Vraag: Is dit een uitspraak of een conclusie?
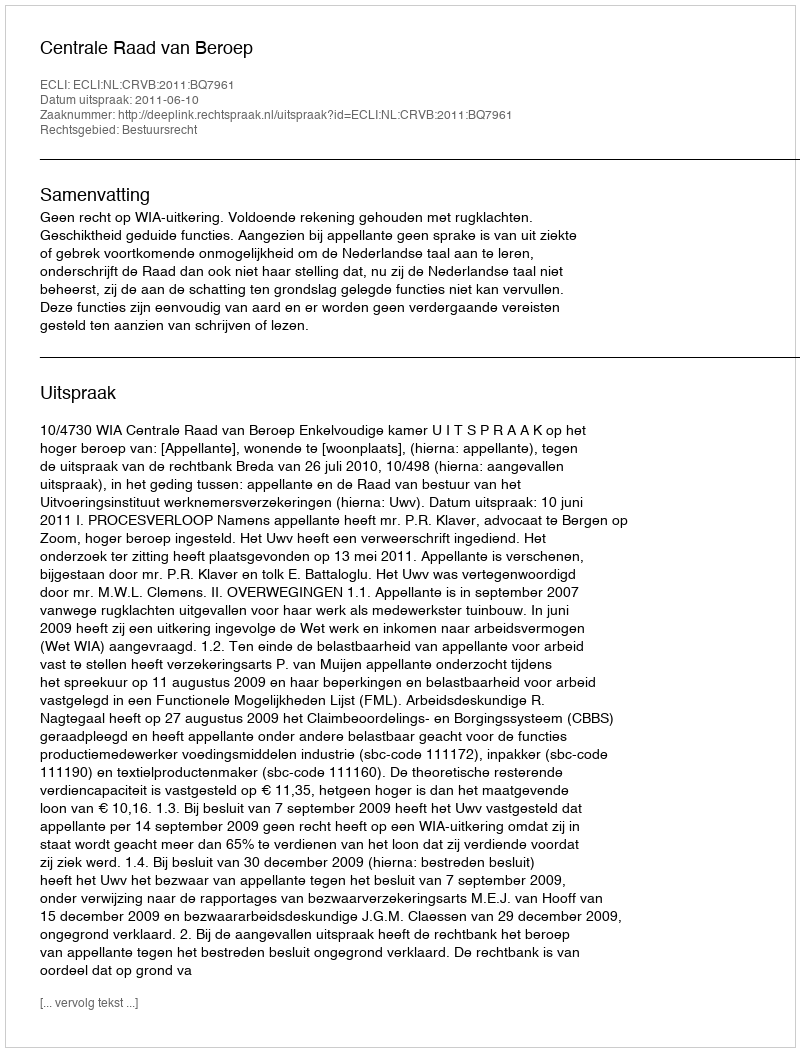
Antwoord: Uitspraak